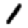
Digit: 1